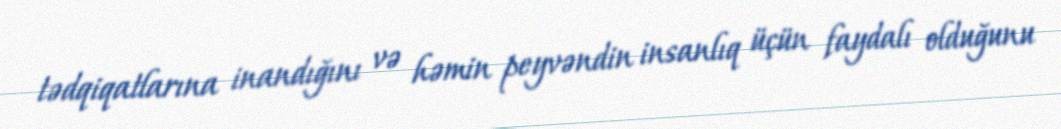
tədqiqatlarına inandığını və həmin peyvəndin insanlıq üçün faydalı olduğunu